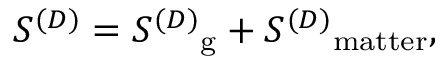
S ^ { ( D ) } = { S ^ { ( D ) } } _ { \mathrm { g } } + { S ^ { ( D ) } } _ { \mathrm { m a t t e r } } ,